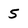
Character: 5